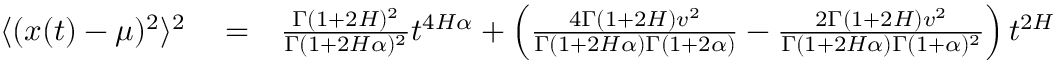
\begin{array} { r l r } { \langle ( x ( t ) - \mu ) ^ { 2 } \rangle ^ { 2 } } & { { } = } & { \frac { \Gamma ( 1 + 2 H ) ^ { 2 } } { \Gamma ( 1 + 2 H \alpha ) ^ { 2 } } t ^ { 4 H \alpha } + \left( \frac { 4 \Gamma ( 1 + 2 H ) v ^ { 2 } } { \Gamma ( 1 + 2 H \alpha ) \Gamma ( 1 + 2 \alpha ) } - \frac { 2 \Gamma ( 1 + 2 H ) v ^ { 2 } } { \Gamma ( 1 + 2 H \alpha ) \Gamma ( 1 + \alpha ) ^ { 2 } } \right) t ^ { 2 H \alpha + 2 \alpha } } \end{array}